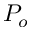
P _ { o }